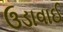
ઉડાવાઈ